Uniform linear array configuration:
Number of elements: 16
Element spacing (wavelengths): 0.5
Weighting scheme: kaiser
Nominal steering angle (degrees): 15
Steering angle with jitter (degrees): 15.792
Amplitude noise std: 0.05
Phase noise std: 0.05

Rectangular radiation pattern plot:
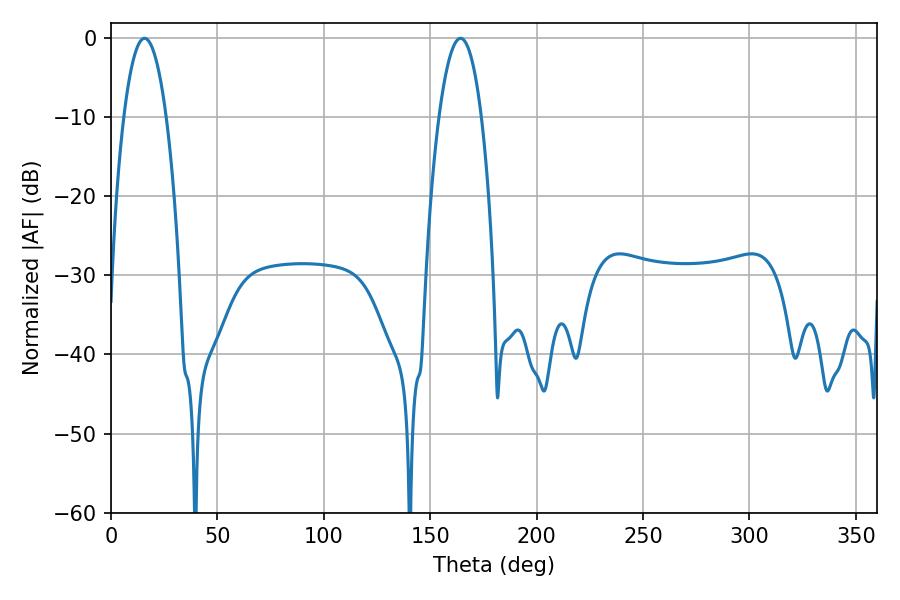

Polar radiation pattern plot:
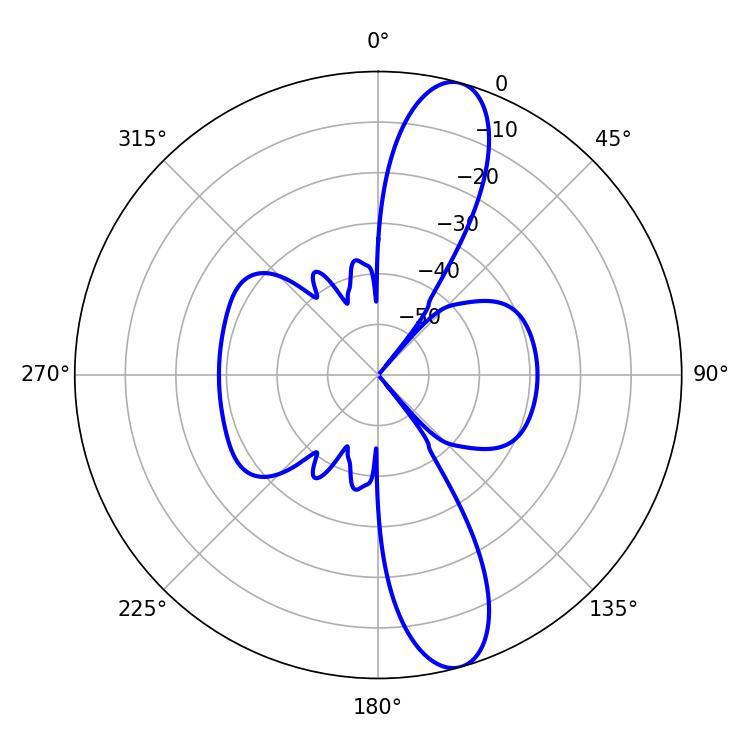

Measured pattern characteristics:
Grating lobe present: FALSE
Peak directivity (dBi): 12.539
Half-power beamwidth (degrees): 11.16
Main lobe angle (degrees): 15.84